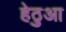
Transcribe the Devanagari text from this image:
हेठुआ